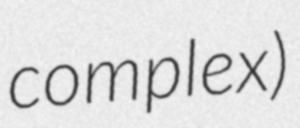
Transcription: complex)